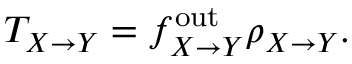
T _ { X \to Y } = f _ { X \to Y } ^ { \mathrm { o u t } } \rho _ { X \to Y } .